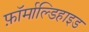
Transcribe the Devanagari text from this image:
फ़ॉर्माल्डिहाइड